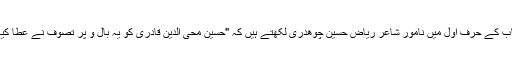
اس کتاب کے حرف اول میں نامور شاعر ریاض حسین چوھدری لکھتے ہیں کہ "حسین محی الدین قادری کو یہ بال و پر تصوف نے عطا کیے ہیں۔